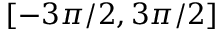
[ - 3 \pi / 2 , 3 \pi / 2 ]